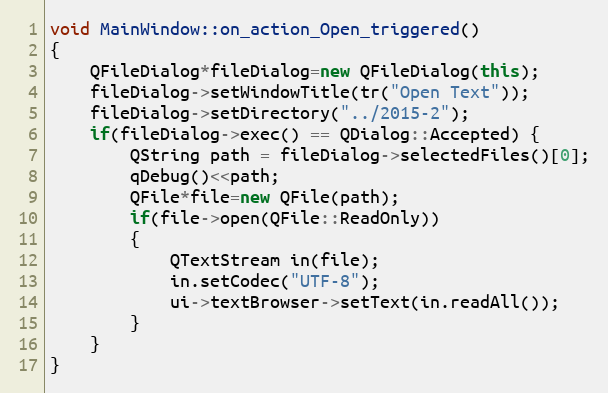
Language: C++
void MainWindow::on_action_Open_triggered()
{
    QFileDialog*fileDialog=new QFileDialog(this);
    fileDialog->setWindowTitle(tr("Open Text"));
    fileDialog->setDirectory("../2015-2");
    if(fileDialog->exec() == QDialog::Accepted) {
        QString path = fileDialog->selectedFiles()[0];
        qDebug()<<path;
        QFile*file=new QFile(path);
        if(file->open(QFile::ReadOnly))
        {
            QTextStream in(file);
            in.setCodec("UTF-8");
            ui->textBrowser->setText(in.readAll());
        }
    }
}